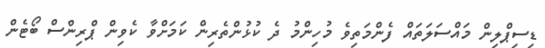
ޑިސިޕްލިން މައްސަލަތައް ފެންމަތިވެ މުހިންމު ދެ ކުޅުންތެރިން ކަމަށްވާ ކެވިން ޕްރިންސް ބޯޓެން